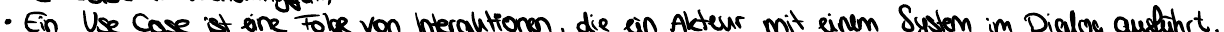
Ein Use Case ist eine Folge von Interaktionen, die ein Akteur mit einem System im Dialog ausführt.